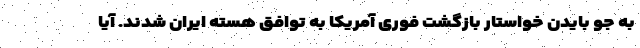
به جو بایدن خواستار بازگشت فوری آمریکا به توافق هسته ایران شدند. آیا